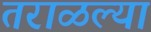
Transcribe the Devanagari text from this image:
तराळल्या